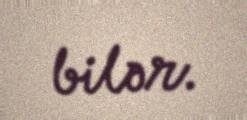
bilər.